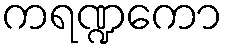
ကရဏ္ဍကော